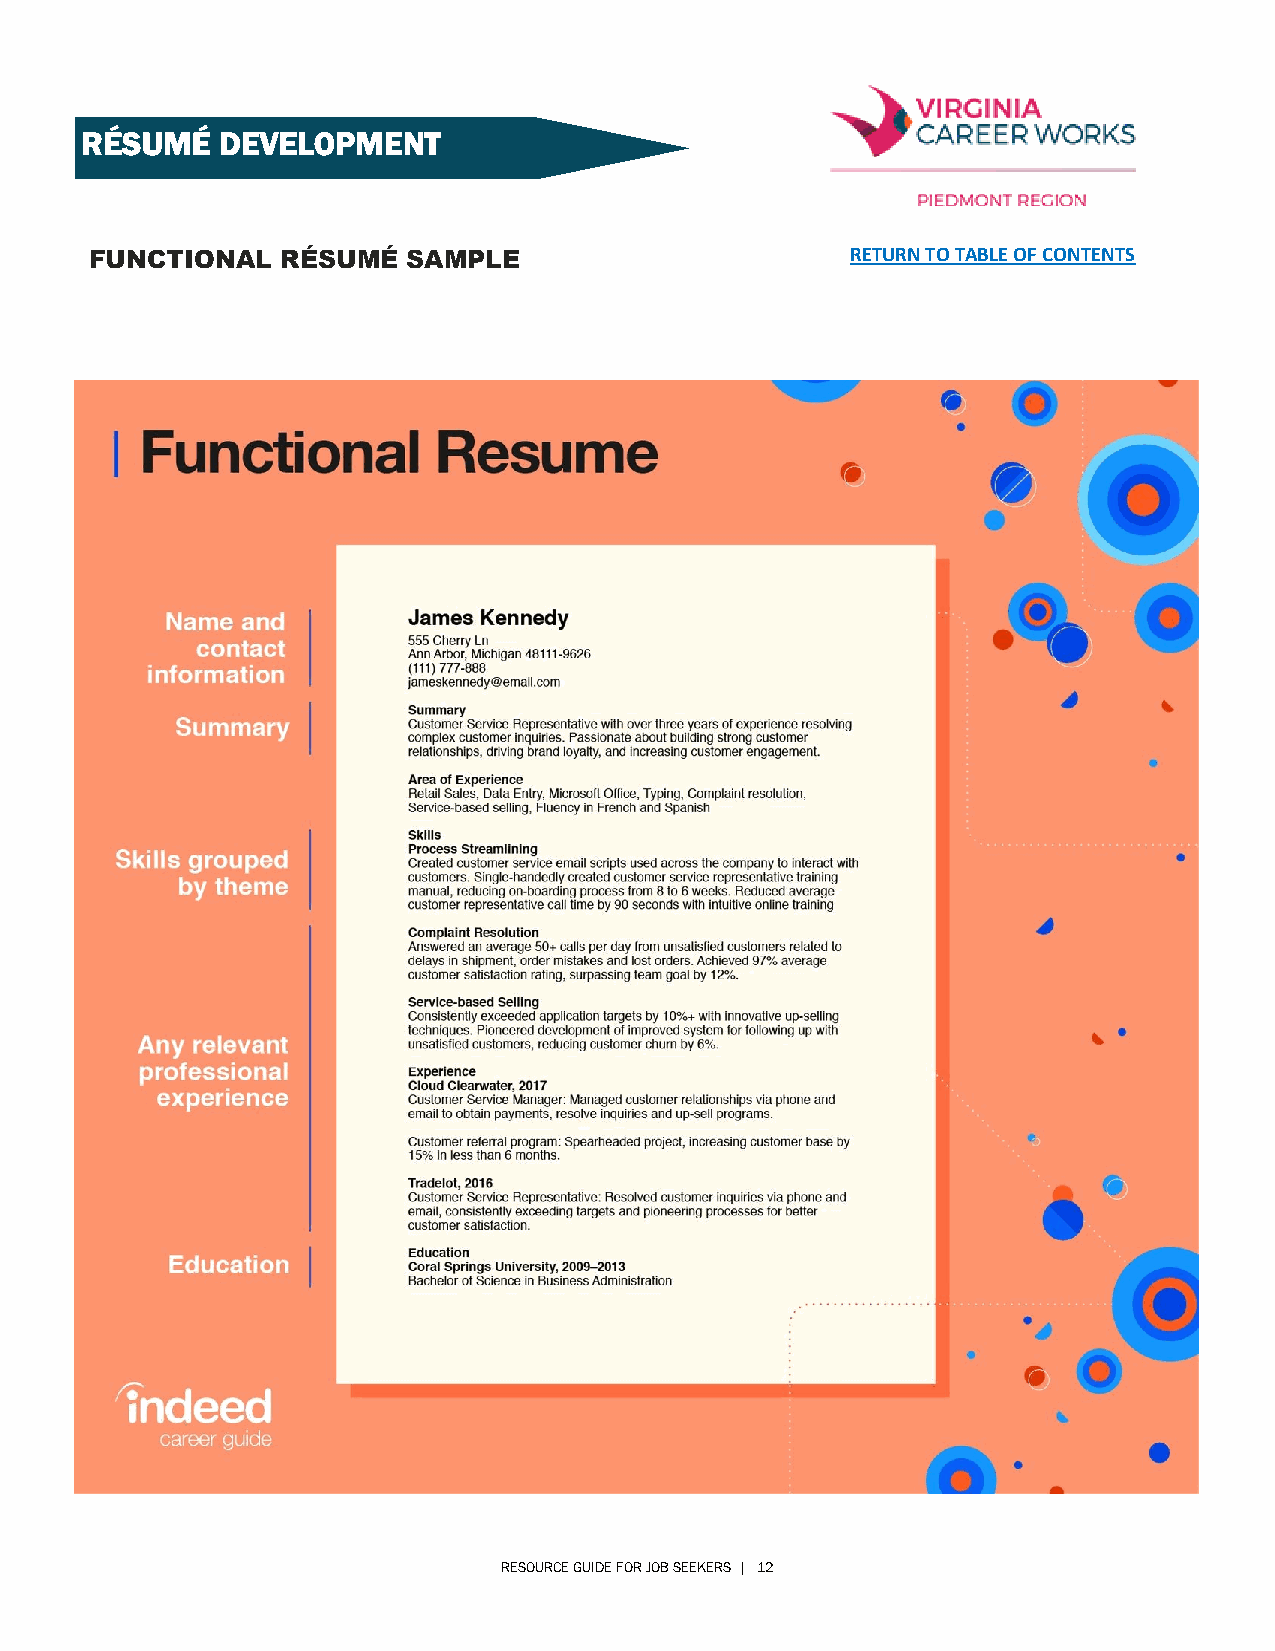
RÉSUMÉ    DEVELOPMENT
 FUNCTIONAL   RÉSUMÉ  SAMPLE                       RETURN TO TABLE OF CONTENTS
 RESOURCE GUIDE FOR JOB SEEKERS | 12